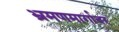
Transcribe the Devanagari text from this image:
भ्रमणमार्गावर